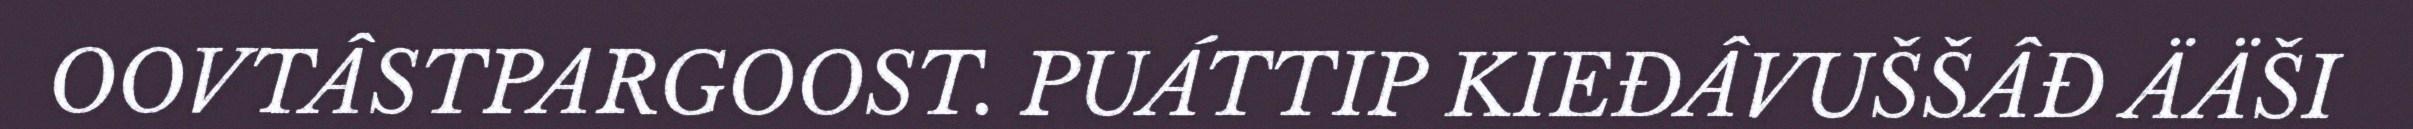
OOVTÂSTPARGOOST. PUÁTTIP KIEĐÂVUŠŠÂĐ ÄÄŠI